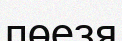
пөезя